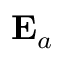
{ \bf E } _ { a }